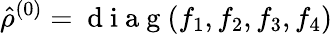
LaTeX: \hat{\rho}^{(0)}=\mathrm{~d~i~a~g~}(f_{1},f_{2},f_{3},f_{4})